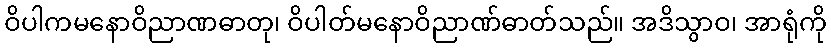
ဝိပါကမနောဝိညာဏဓာတု၊ ဝိပါတ်မနောဝိညာဏ်ဓာတ်သည်။ အဒိသွာဝ၊ အာရုံကို